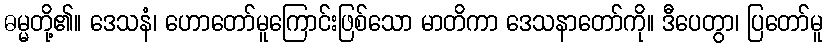
ဓမ္မတို့၏။ ဒေသနံ၊ ဟောတော်မူကြောင်းဖြစ်သော မာတိကာ ဒေသနာတော်ကို။ ဒီပေတွာ၊ ပြတော်မူ